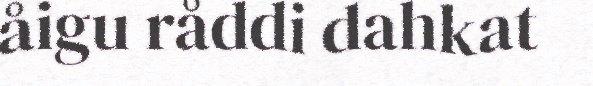
åigu råddi dahkat